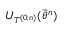
U _ { T ^ { ( 0 , n ) } } ( \vec { \theta } ^ { n } )